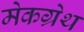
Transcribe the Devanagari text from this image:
मेकग्रेथ